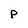
Character: p